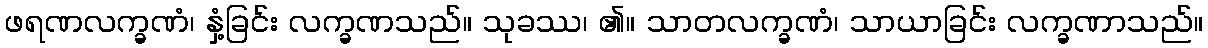
ဖရဏလက္ခဏံ၊ နှံ့ခြင်း လက္ခဏသည်။ သုခဿ၊ ၏။ သာတလက္ခဏံ၊ သာယာခြင်း လက္ခဏာသည်။